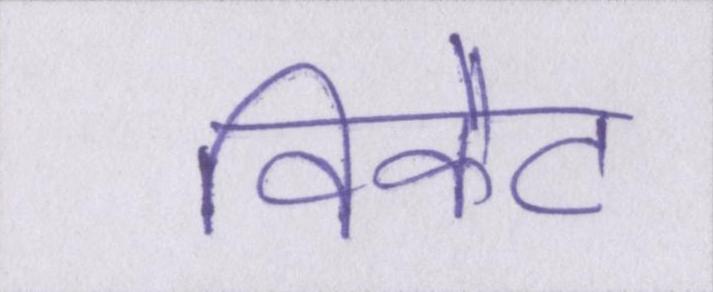
विकेट